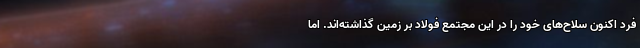
فرد اکنون سلاح‌های خود را در این مجتمع فولاد بر زمین گذاشته‌اند. اما